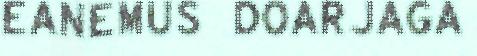
EANEMUS DOARJAGA